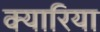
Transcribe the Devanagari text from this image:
क्यारिया